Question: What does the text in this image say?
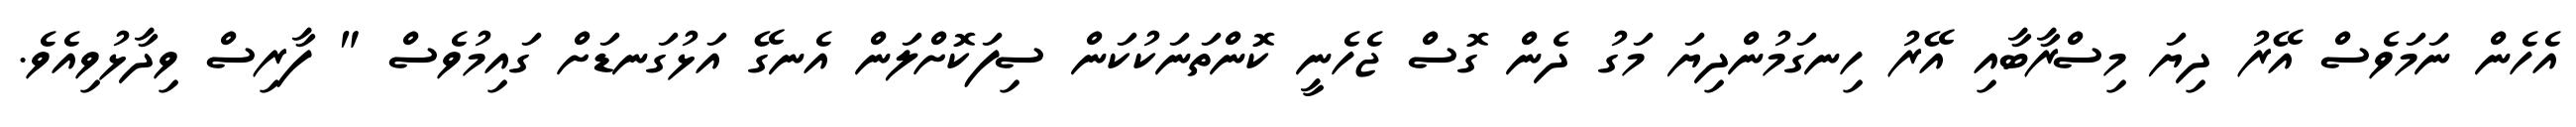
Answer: އެހެން ނަމަވެސް އޭރު ދިޔަ މިސްރާބާއި އޭރު ހިނގަމުންދިޔަ މަގު ދެން ގޮސް ޖެހެނީ ކޮންތަނަކުކަން ސިފަކޮށްލަން އެނގޭ އަޅުގަނޑަށް ގައިމުވެސް " ފާރިސް ވިދާޅުވިއެވެ.